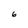
Character: 6